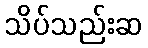
သိပ်သည်းဆ